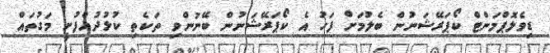
ޑިވެލޮޕްމަންޓް ކޯޕަރޭޝަނުން ބެލުމަށް ފަހު އެ ކޯޕަރޭޝަނުން ބޭނުންވި ތަކެތި ކުޅުދުއްފުށީ މަގުތައް